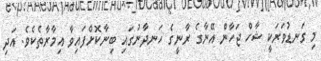
މި ގަނޑުވަރަކީ ޝާހް ޖަހާން އޭނާގެ ރާނީގެ ހަނދާނުގައި ބިނާކޮށްފައިވާ އިމާރާތެކެވެ. އަދި